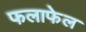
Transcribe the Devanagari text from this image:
फलाफेल